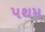
પથમ